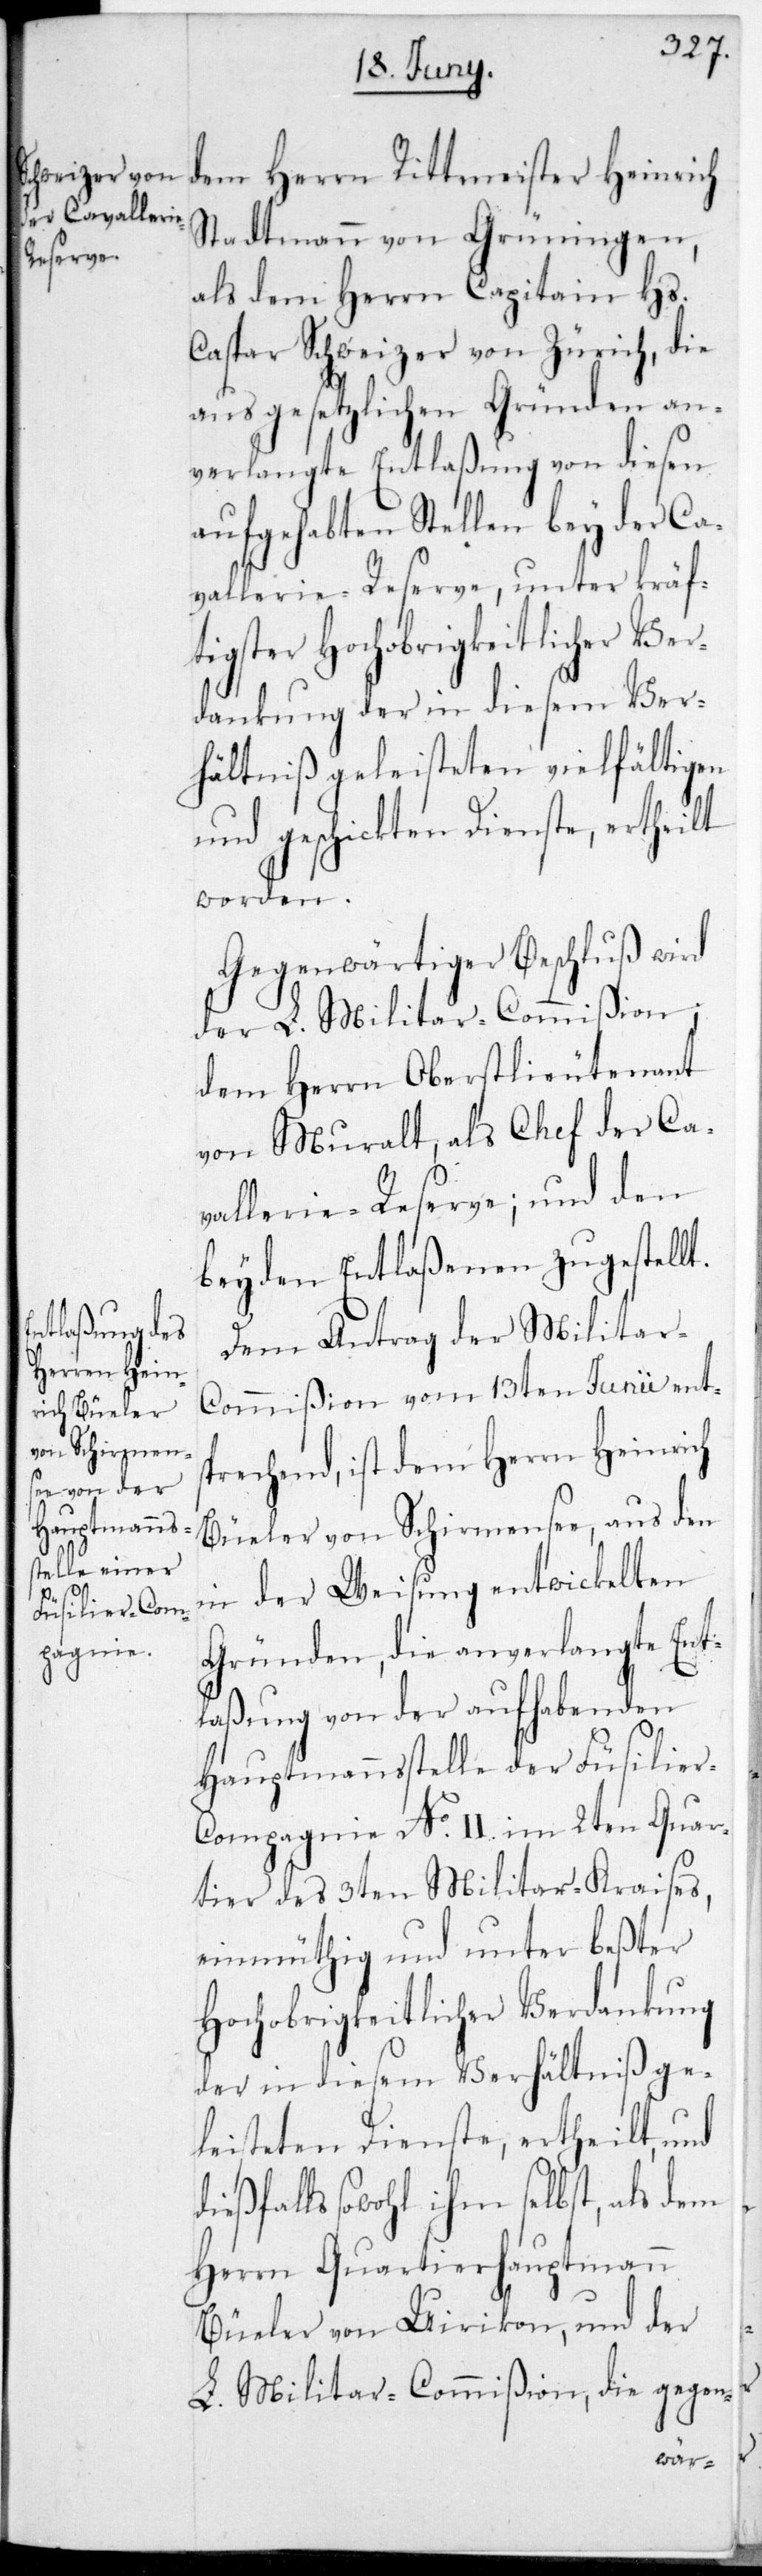
Stadtmann von Grüningen,
als dem Herrn Capitain Hs.
Caspar Schweizer von Zürich, die
aus gesetzlichen Gründen an¬
verlangte Entlaßung von diesen
aufgehabten Stellen bey der Ca¬
vallerie-Reserve, unter kräft¬
igster Hochobrigkeitlicher Ve¬
rdankung der in diesem Ver¬
hältniß geleisteten vielfältigen
und geschickten Dienste, ertheilt
worden.
Gegenwärtiger Beschluß wird
der L. Militar-Commißion,
dem Herrn Oberstlieutenant
von Muralt, als Chef der Ca¬
vallerie-Reserve; und den
beyden Entlaßenen zugestellt.
Dem Antrag der Militar-C¬
ommißion vom 13ten Junii ents¬
prechend, ist dem Herrn Heinrich
Büeler von Schirmensee, aus den
in der Weisung entwickelten
Gründen, die anverlangte Ent¬
laßung von der aufhabenden
Hauptmannsstelle der Füsilier-C¬
ompagnie No. II. im 2ten Quar¬
tier des 3ten Militär-Kraises,
einmüthig und unter beßter
Hochobrigkeitlicher Verdankung
der in diesem Verhältniß ge¬
leisteten Dienste, ertheilt, und
ießfalls sowohl ihm selbst, als dem
Herrn Quartierhauptmann
Büeler von Uerikon und der
L. Militar-Commißion, die gegen-
d¬